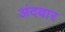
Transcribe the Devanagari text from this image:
अंदबार